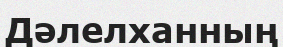
Дәлелханның